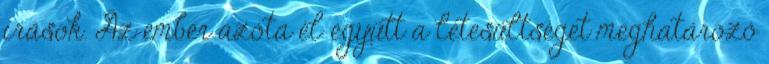
írások. Az ember azóta él együtt a létesültséget meghatározó